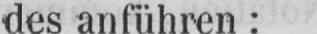
des anführen: